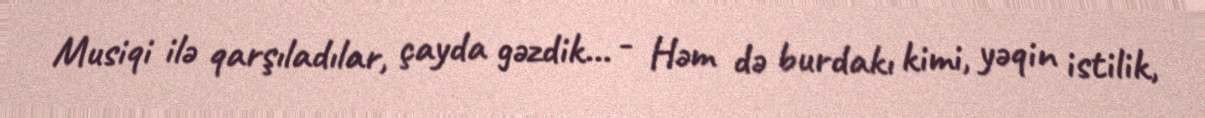
Musiqi ilə qarşıladılar, çayda gəzdik... - Həm də burdakı kimi, yəqin istilik,